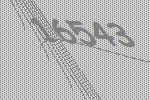
16543